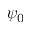
\psi _ { 0 }